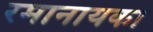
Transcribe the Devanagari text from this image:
रमानायका